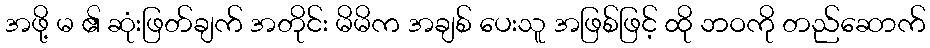
အဖို့ မ ၏ ဆုံးဖြတ်ချက် အတိုင်း မိမိက အချစ် ပေးသူ အဖြစ်ဖြင့် ထို ဘဝကို တည်ဆောက်